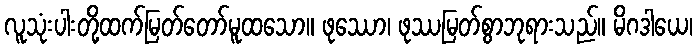
လူသုံးပါးတို့ထက်မြတ်တော်မူထသော။ ဖုဿော၊ ဖုဿမြတ်စွာဘုရားသည်။ မိဂဒါယေ၊